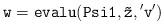
LaTeX: \begin{align*}{\tt w=evalu(Psi1,\tilde z,{'v'})}\end{align*}